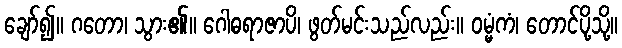
ချော်၍။ ဂတော၊ သွား၏။ ဂေါဓရာဇာပိ၊ ဖွတ်မင်းသည်လည်း။ ဝမ္မံကံ၊ တောင်ပို့သို့။